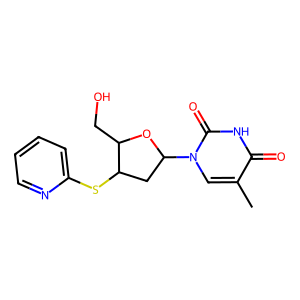
SMILES: Cc1cn(C2CC(Sc3ccccn3)C(CO)O2)c(=O)[nH]c1=O
Inhibits HIV replication: No